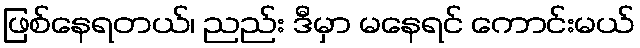
ဖြစ်နေရတယ်၊ ညည်း ဒီမှာ မနေရင် ကောင်းမယ်